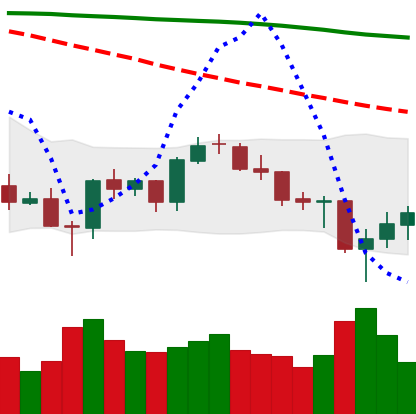
Ticker: BTC-USD
Chart end date: 2021-06-24
Forward return: 3.477%
Label: up_3_5